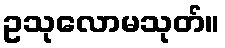
ဥသုလောမသုတ်။